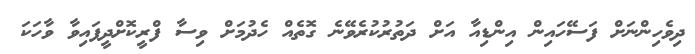
ދިވެހިންނަށް ފަސޭހައިން އިންޑިއާ އަށް ދަތުރުކުރެވޭނެ ގޮތެއް ހެދުމަށް ވިސާ ފްރީކޮށްދީފައިވާ ވާހަކަ